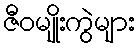
ဇီဝမျိုးကွဲများ